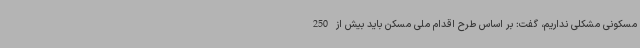
مسکونی مشکلی نداریم، گفت: بر اساس طرح اقدام ملی مسکن باید بیش از 250